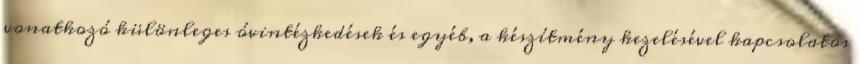
vonatkozó különleges óvintézkedések és egyéb, a készítmény kezelésével kapcsolatos